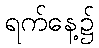
ရက်နေ့၌